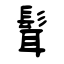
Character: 髶